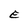
Character: E